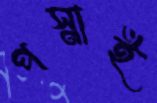
পস্নাই